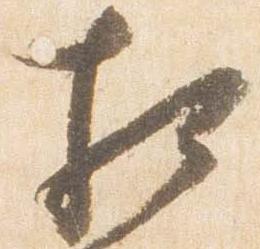
相